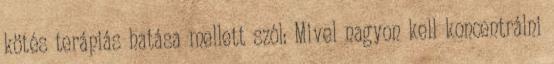
kötés terápiás hatása mellett szól: Mivel nagyon kell koncentrálni